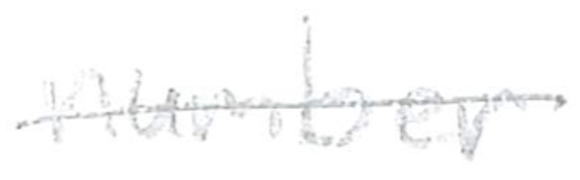
Text: number
Cross-out: single-line
Writing tool: pencil